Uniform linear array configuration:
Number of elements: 64
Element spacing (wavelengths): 1
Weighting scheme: uniform
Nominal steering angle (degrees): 60
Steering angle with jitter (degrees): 59.079
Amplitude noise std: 0.05
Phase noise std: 0.05

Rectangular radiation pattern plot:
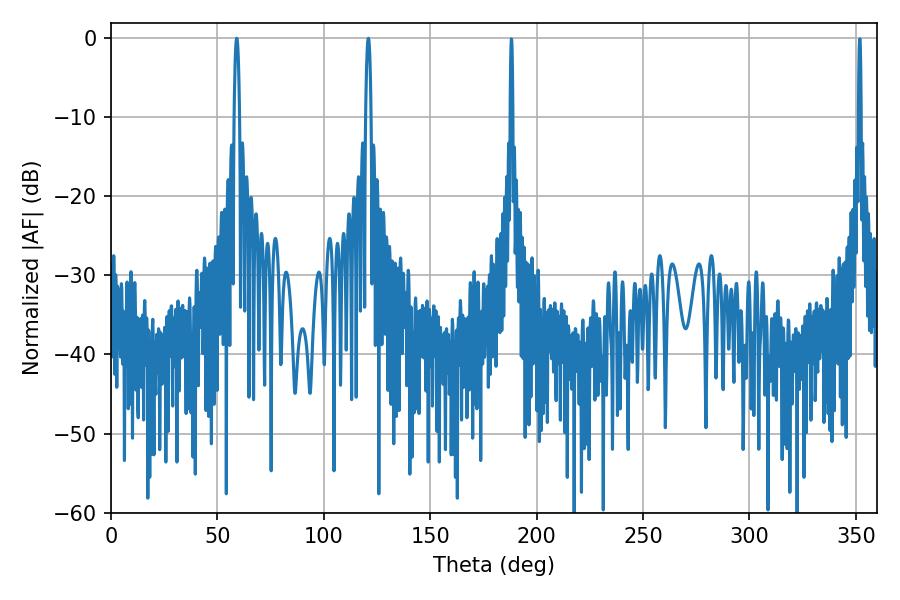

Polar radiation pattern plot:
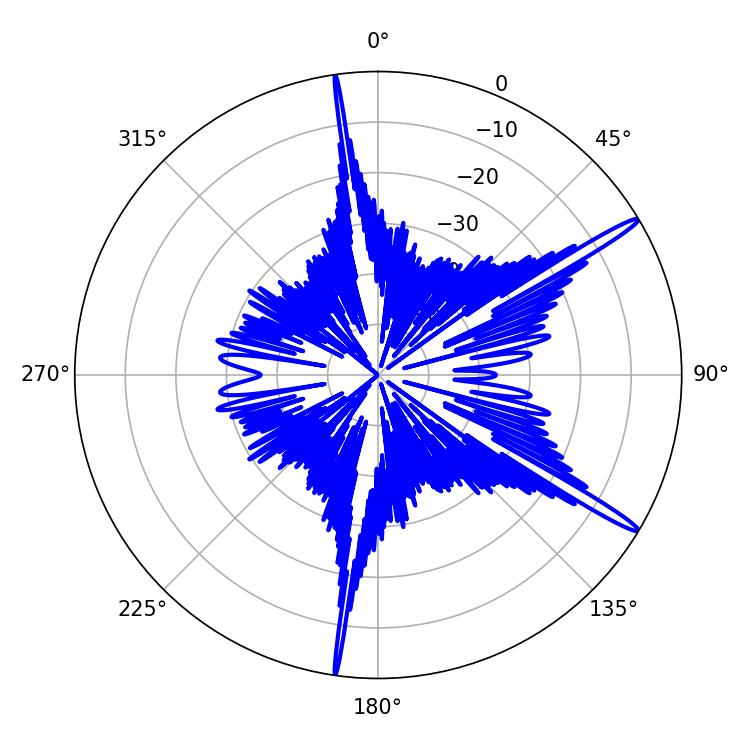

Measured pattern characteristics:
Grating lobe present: TRUE
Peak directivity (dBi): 16.267
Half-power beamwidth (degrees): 1.44
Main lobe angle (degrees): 59.04